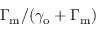
\Gamma _ { \mathrm { m } } / ( \gamma _ { \mathrm { o } } + \Gamma _ { \mathrm { m } } )